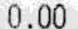
0.00